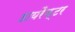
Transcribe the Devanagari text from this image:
डायरैक्टर